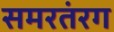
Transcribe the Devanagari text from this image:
समरतंरग